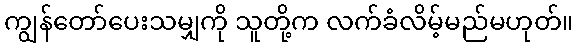
ကျွန်တော်ပေးသမျှကို သူတို့က လက်ခံလိမ့်မည်မဟုတ်။